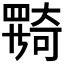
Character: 𡚎